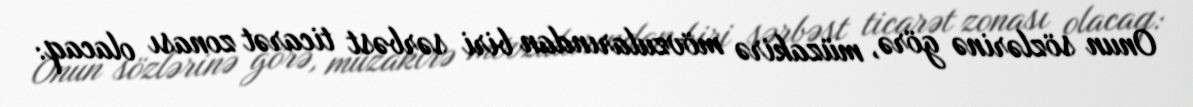
Onun sözlərinə görə, müzakirə mövzularından biri sərbəst ticarət zonası olacaq: